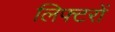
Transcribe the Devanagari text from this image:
लिफ्टरों